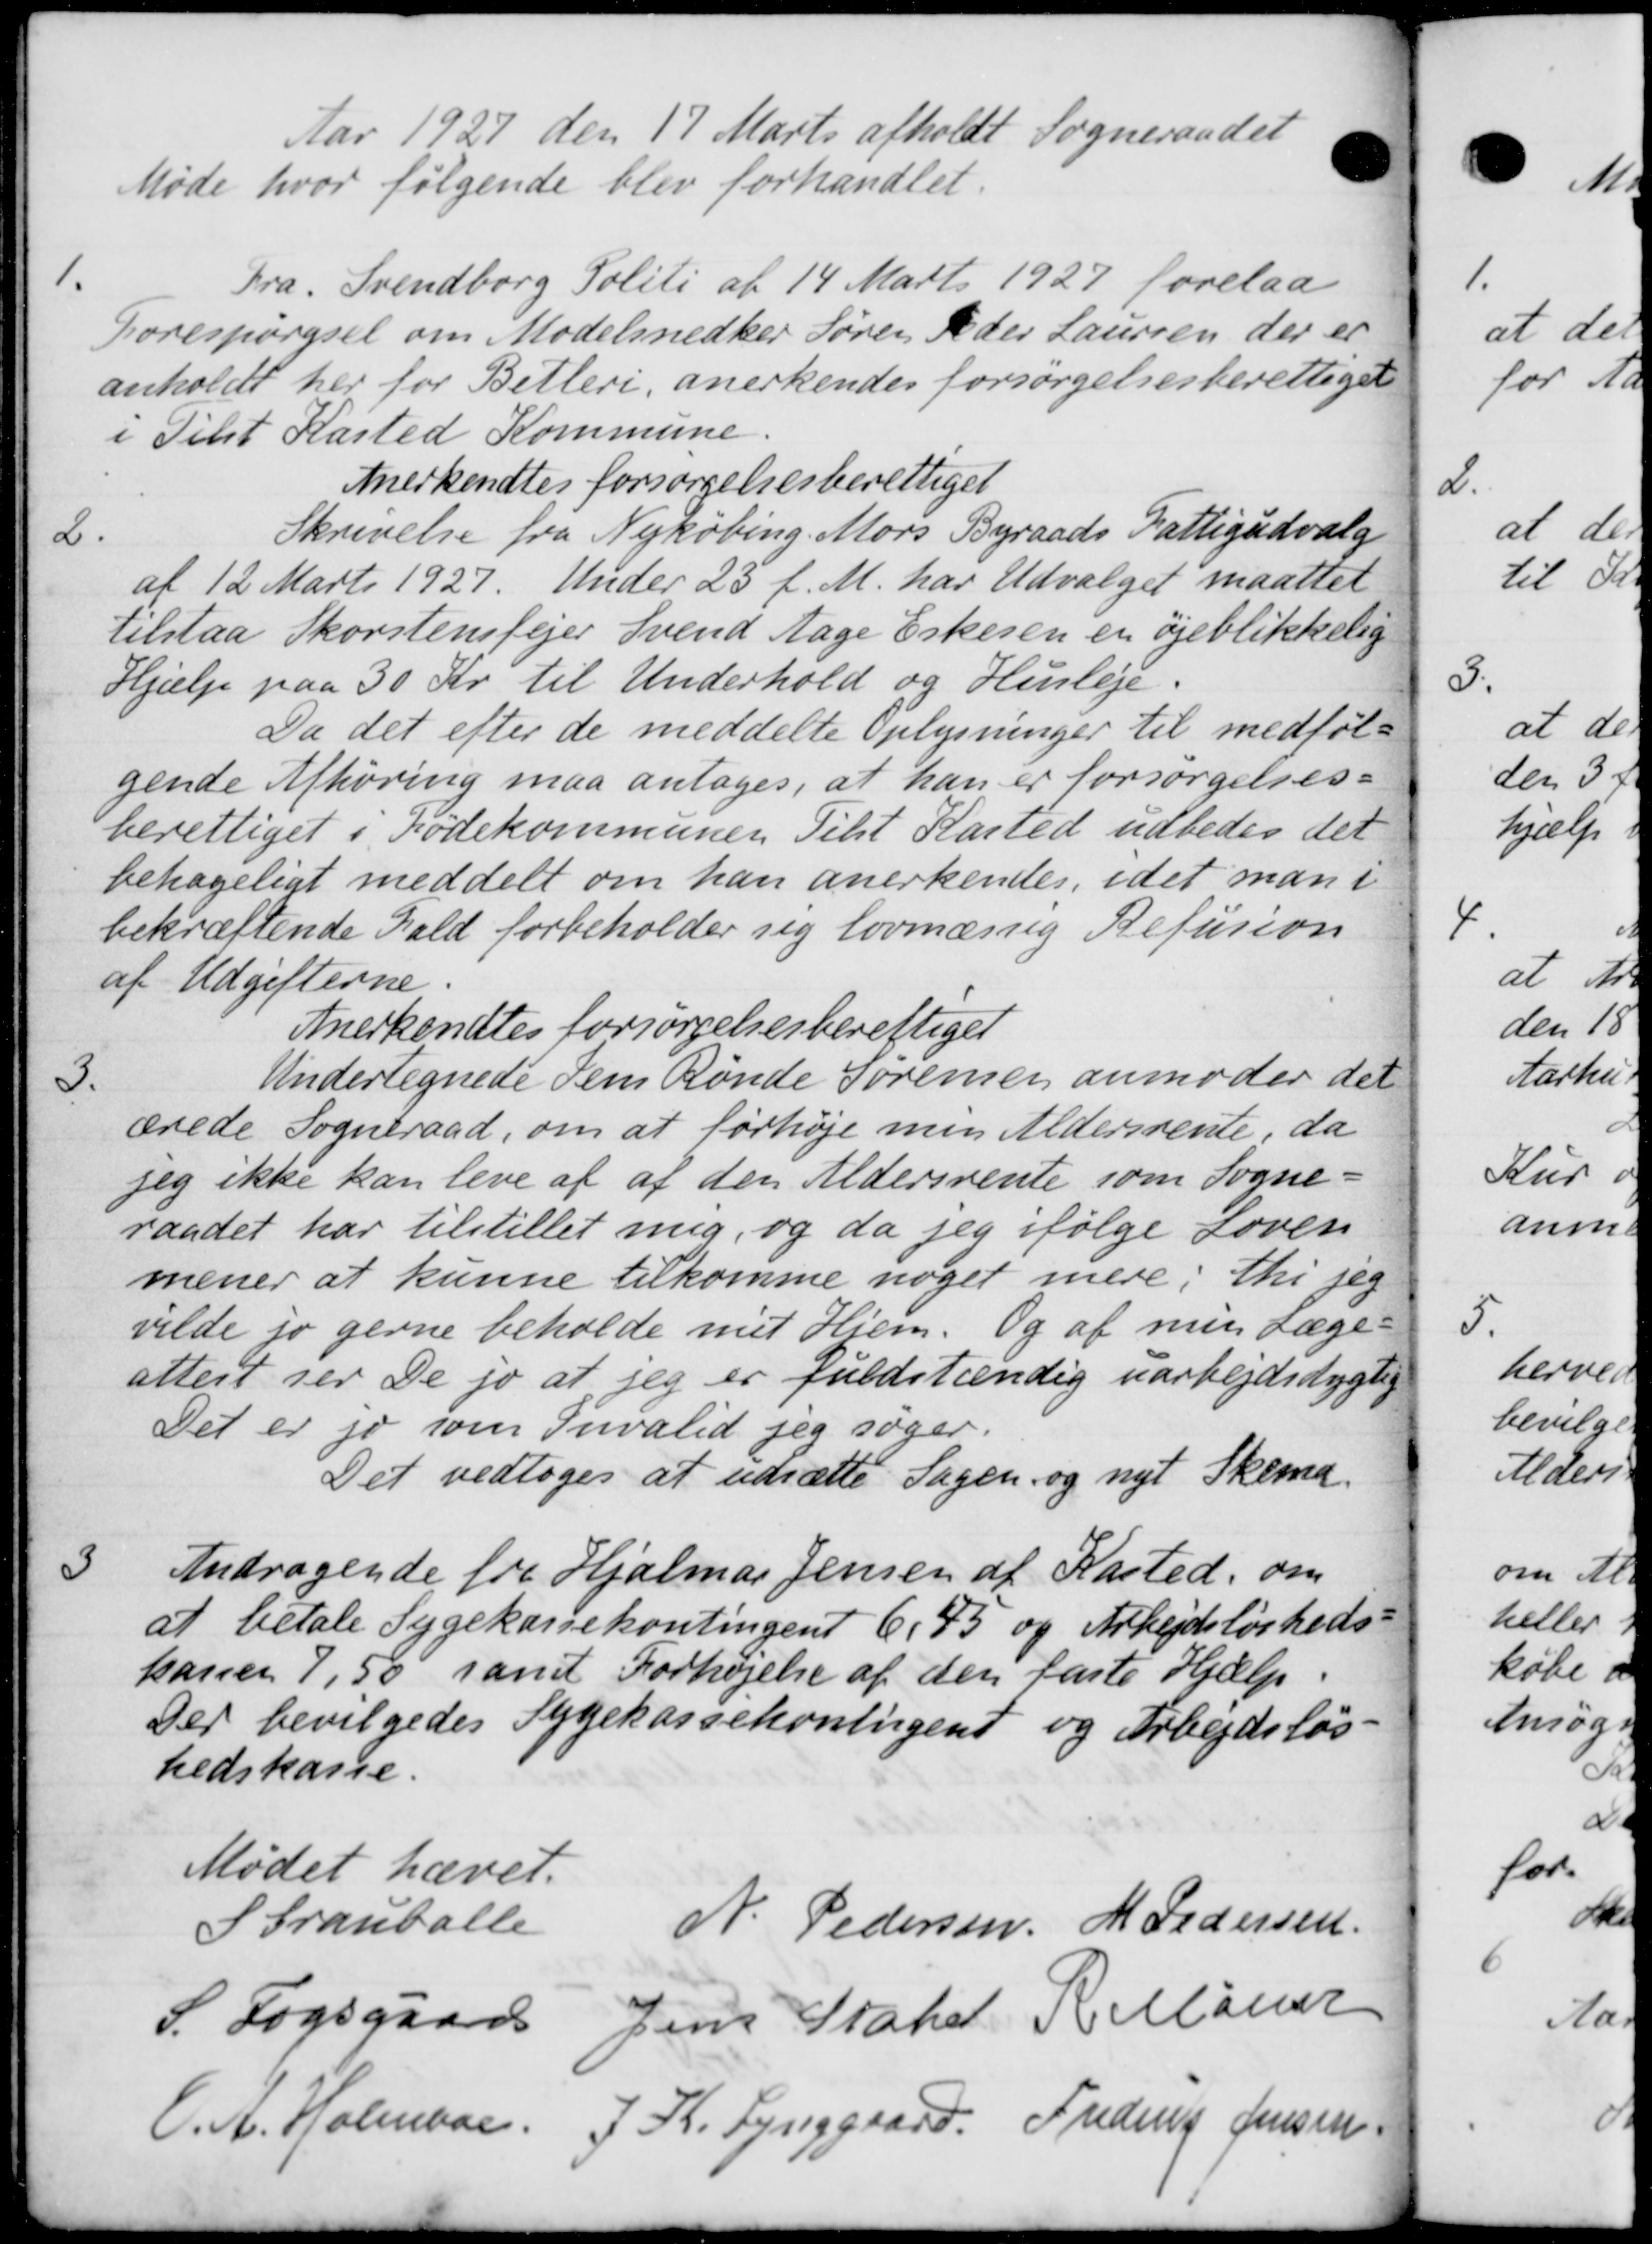
Transskription:
Aar 1927 den 17 Marts afholdt Sogneraade
Møde hvor følgende blev forhandlet.
1.
Fra Svendborg Politi af 14 Marts 1927 forelaa
Forespørgsel om Modelsnedker Søren Peder Laursen, der er
anholdt her for Betleri, anerkendes forsørgelsesberettiget
i Tilst Kasted Kommune.
Anerkendtes forsørgelsesberettiget
2.
Skrivelse fra Nykøbing. Mors Byraads Fattigudvalg
af 12 Marts 1927. Under 23 f. M. har Udvalget maattet
tilstaa Skorstensfejer Svend Aage Eskesen en øjeblikkelig
Hjælp paa 30 Kr. til Underhold og Husleje.
Da det efter de meddelte Oplysninger til medføl-
gende Afhøring maa antages, at han er forsørgelses-
berettiget i Fødekommunen Tilst Kasted udbedes det
behageligt meddelt om han anerkendes, idet man i
bekræftende Fald forbeholder sig lovmæssig Refusion
af Udgifterne.
Anerkendtes forsørgelsesberettiget

Undertegnede Jem Rønde Sørensen anmoder det
ærede Sogneraad, om at forhøje min Aldersrente, da
jeg ikke kan leve af af den Aldersrente som Sogne-
raadet har tilstillet mig, og da jeg ifølge Loven
mener at kunne tilkomme noget mere i thi jeg
vilde jo gerne beholde mit Hjem. Og af min Læge-
attest ser De jo at jeg er fuldstændig uarbejdsdygtig
Det er jo som Invalid jeg søger.
Det vedtoges at udsætte Sagen og nyt Skema.

Andragende fra Hjalmar Jensen af Kasted, om
at betale Sygekassekontingent 6,93 og Arbejdsløsheds
kaner 7,50 samt Forhøjelse af den faste Hjælp.
Der bevilgedes Sygekassekontingent og Arbejdsløs
hedskasse.
Mødet hævet.
Strauballe
N. Pedersen M Pedersen
S. Fogsgaard Jens Stater R. Maler
C. A. Holmaae
J. K. Lynggaard Frederik Jens